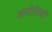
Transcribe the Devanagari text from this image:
अनीतियों